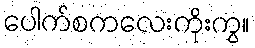
ပေါက်စကလေးကိုးကွ။